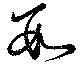
數